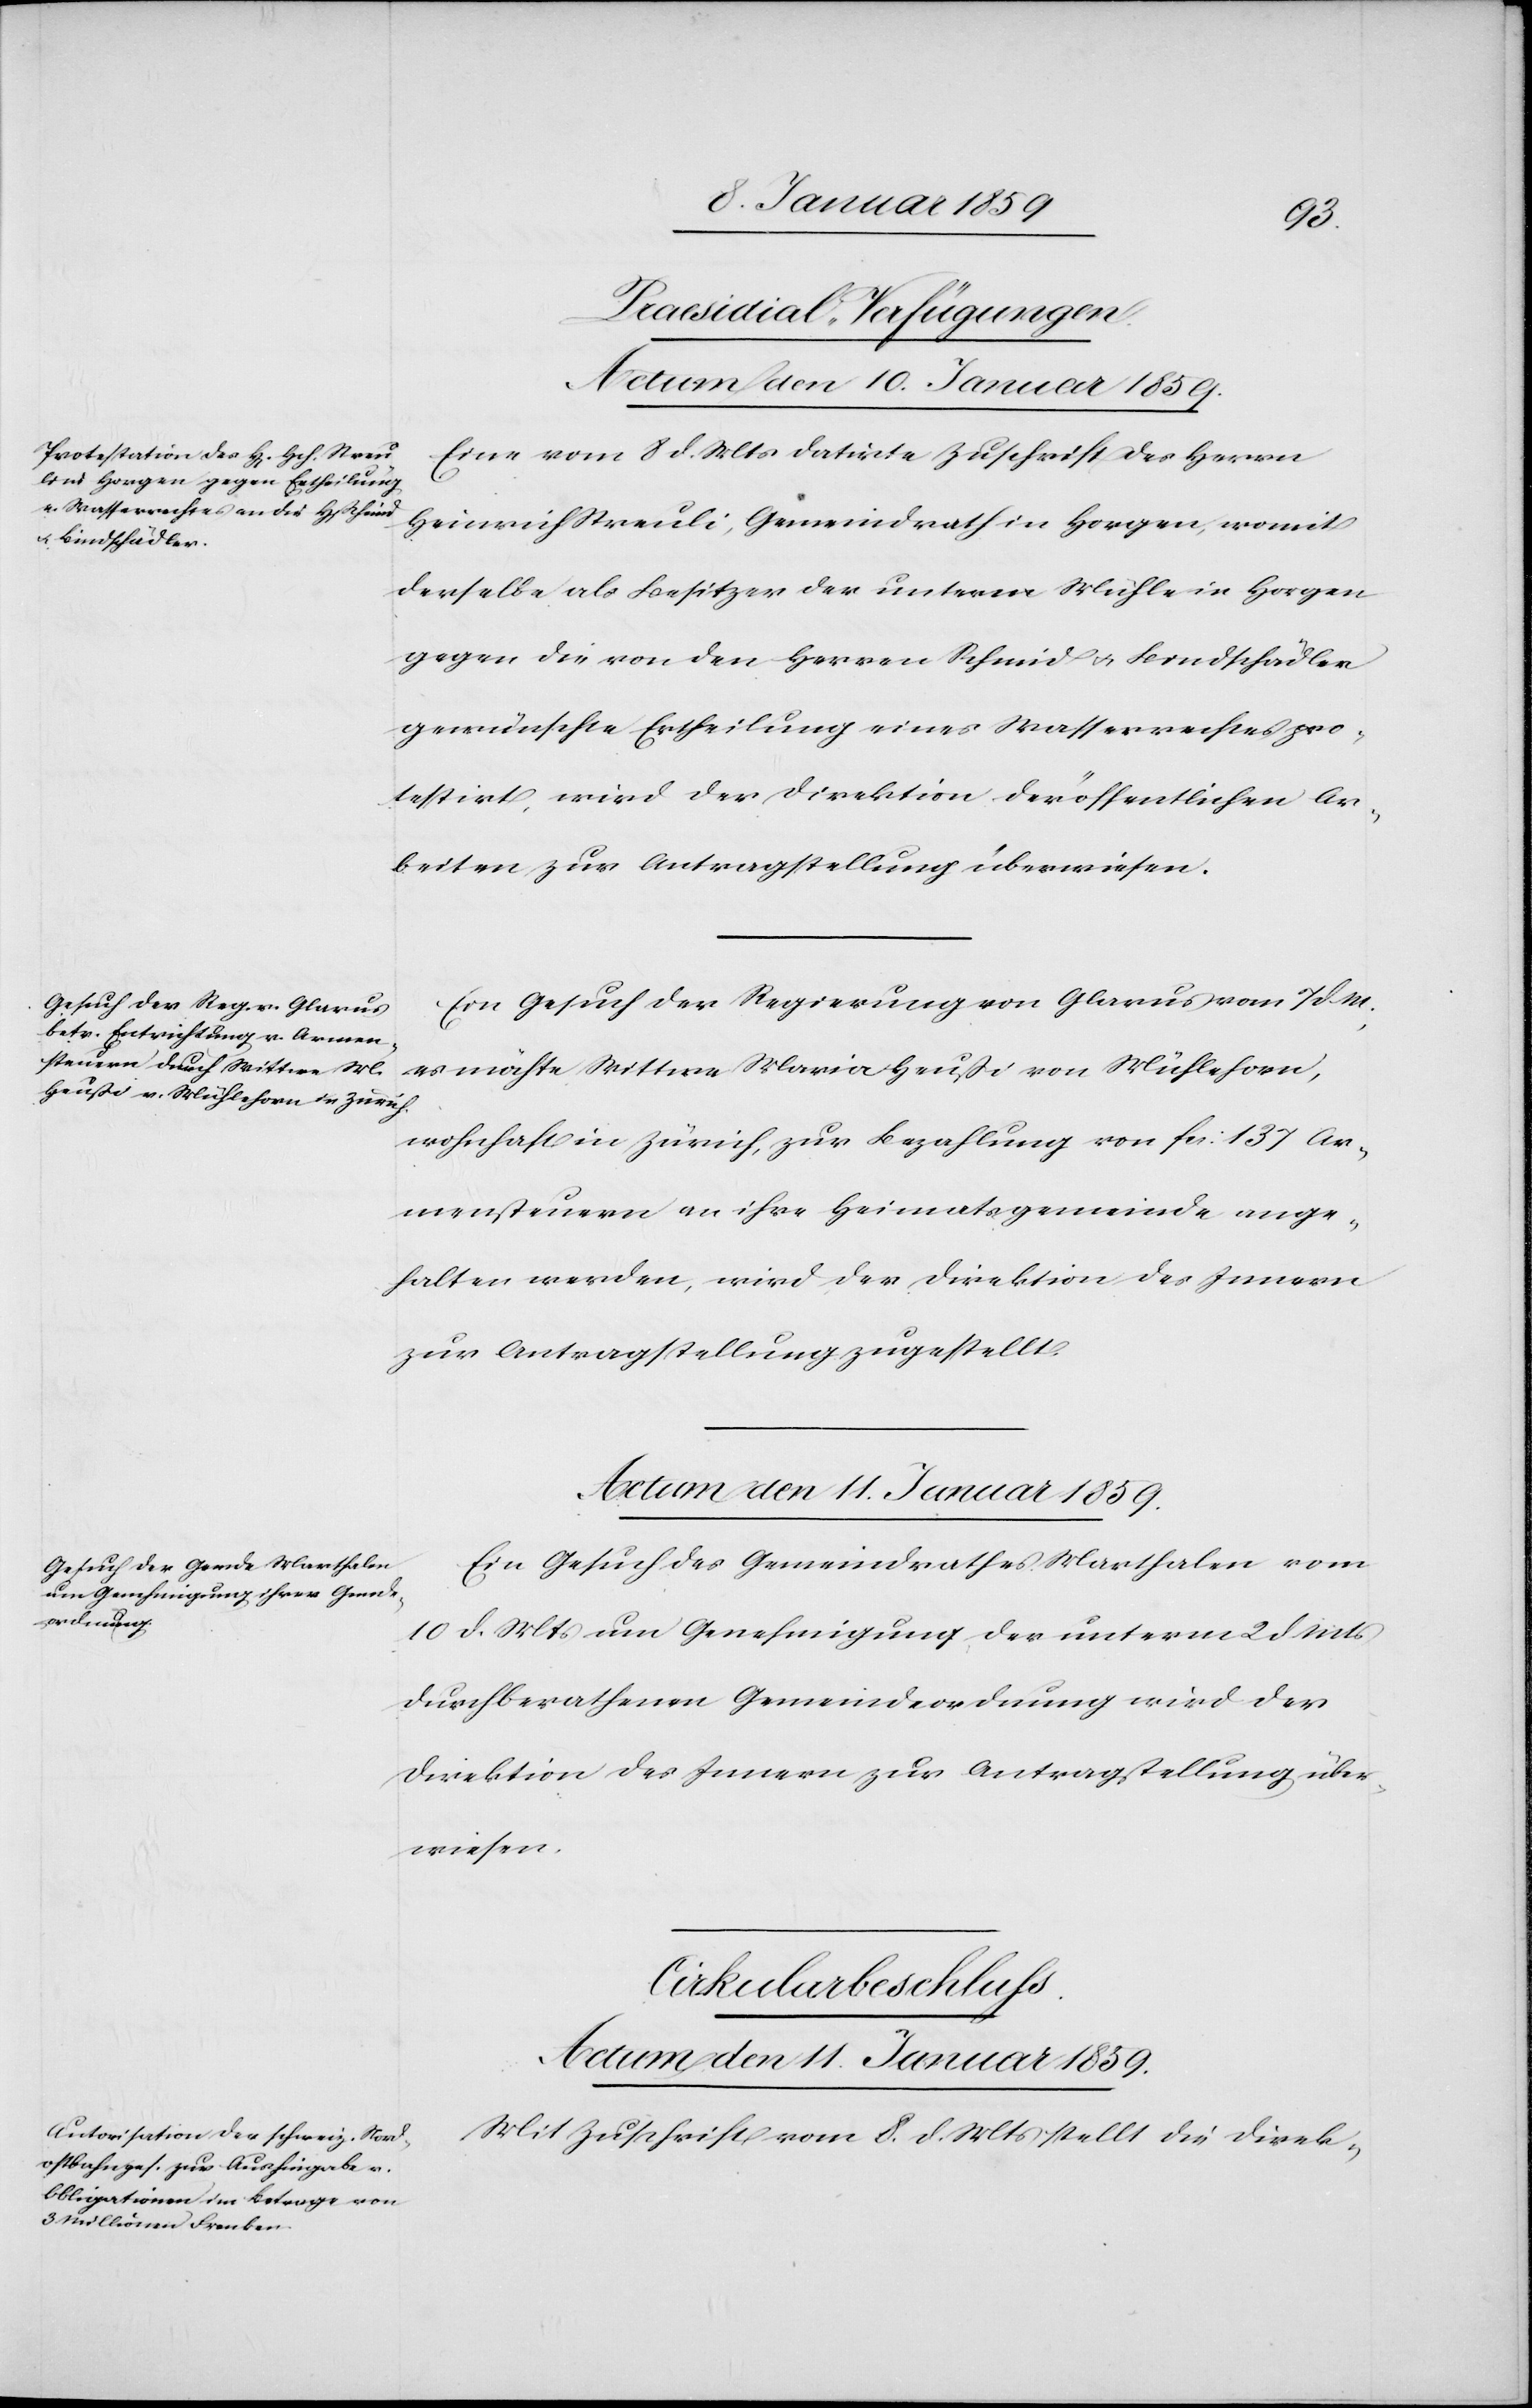
[Praesidial-Verfügungen.]
Actum den 10. Januar 1859.]
Eine vom 8 d. Mts. datirte Zuschrift des Herrn
Heinrich Streuli, Gemeindrath in Horgen, womit
derselbe als Besitzer der untern Mühle in Horgen
gegen die von den Herren Schmid u. Bindschädler
gewünschte Ertheilung eines Wasserrechtes pro¬
testirt, wird der Direktion der öffentlichen Ar¬
beiten zur Antragstellung überwiesen.
Ein Gesuch der Regierung von Glarus vom 7 d M.,
es möchte Wittwe Maria Heußi von Mühlehorn,
wohnhaft in Zürich, zur Bezahlung von fcs. 137 Ar¬
mensteuern an ihre Heimatsgemeinde ange¬
halten werden, wird der Direktion des Innern
zur Antragstellung zugestellt.
Actum den 11. Januar 1859.
Ein Gesuch des Gemeinderathes Marthalen vom
10 d. Mts um Genehmigung der unterm 2 d. Mts
durchberathenen Gemeindeordnung wird der
Direktion des Innern zur Antragstellung über¬
wiesen.
Cirkularbeschluss.
Actum den 11. Januar 1859.
Mit Zuschrift vom 8. d. Mts stellt die Direk-